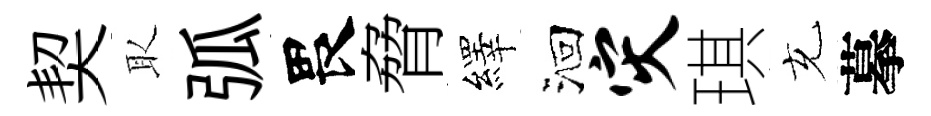
契取弧畏脅繹洄灾琪充摹